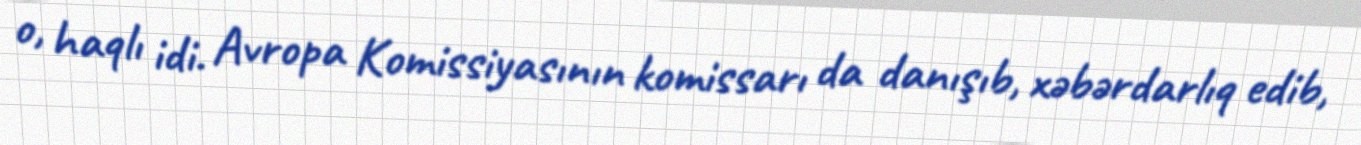
o, haqlı idi. Avropa Komissiyasının komissarı da danışıb, xəbərdarlıq edib,